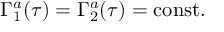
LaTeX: \Gamma _ { 1 } ^ { a } ( \tau ) = \Gamma _ { 2 } ^ { a } ( \tau ) = \mathrm { c o n s t } .